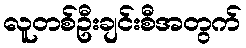
လူတစ်ဦးချင်းစီအတွက်